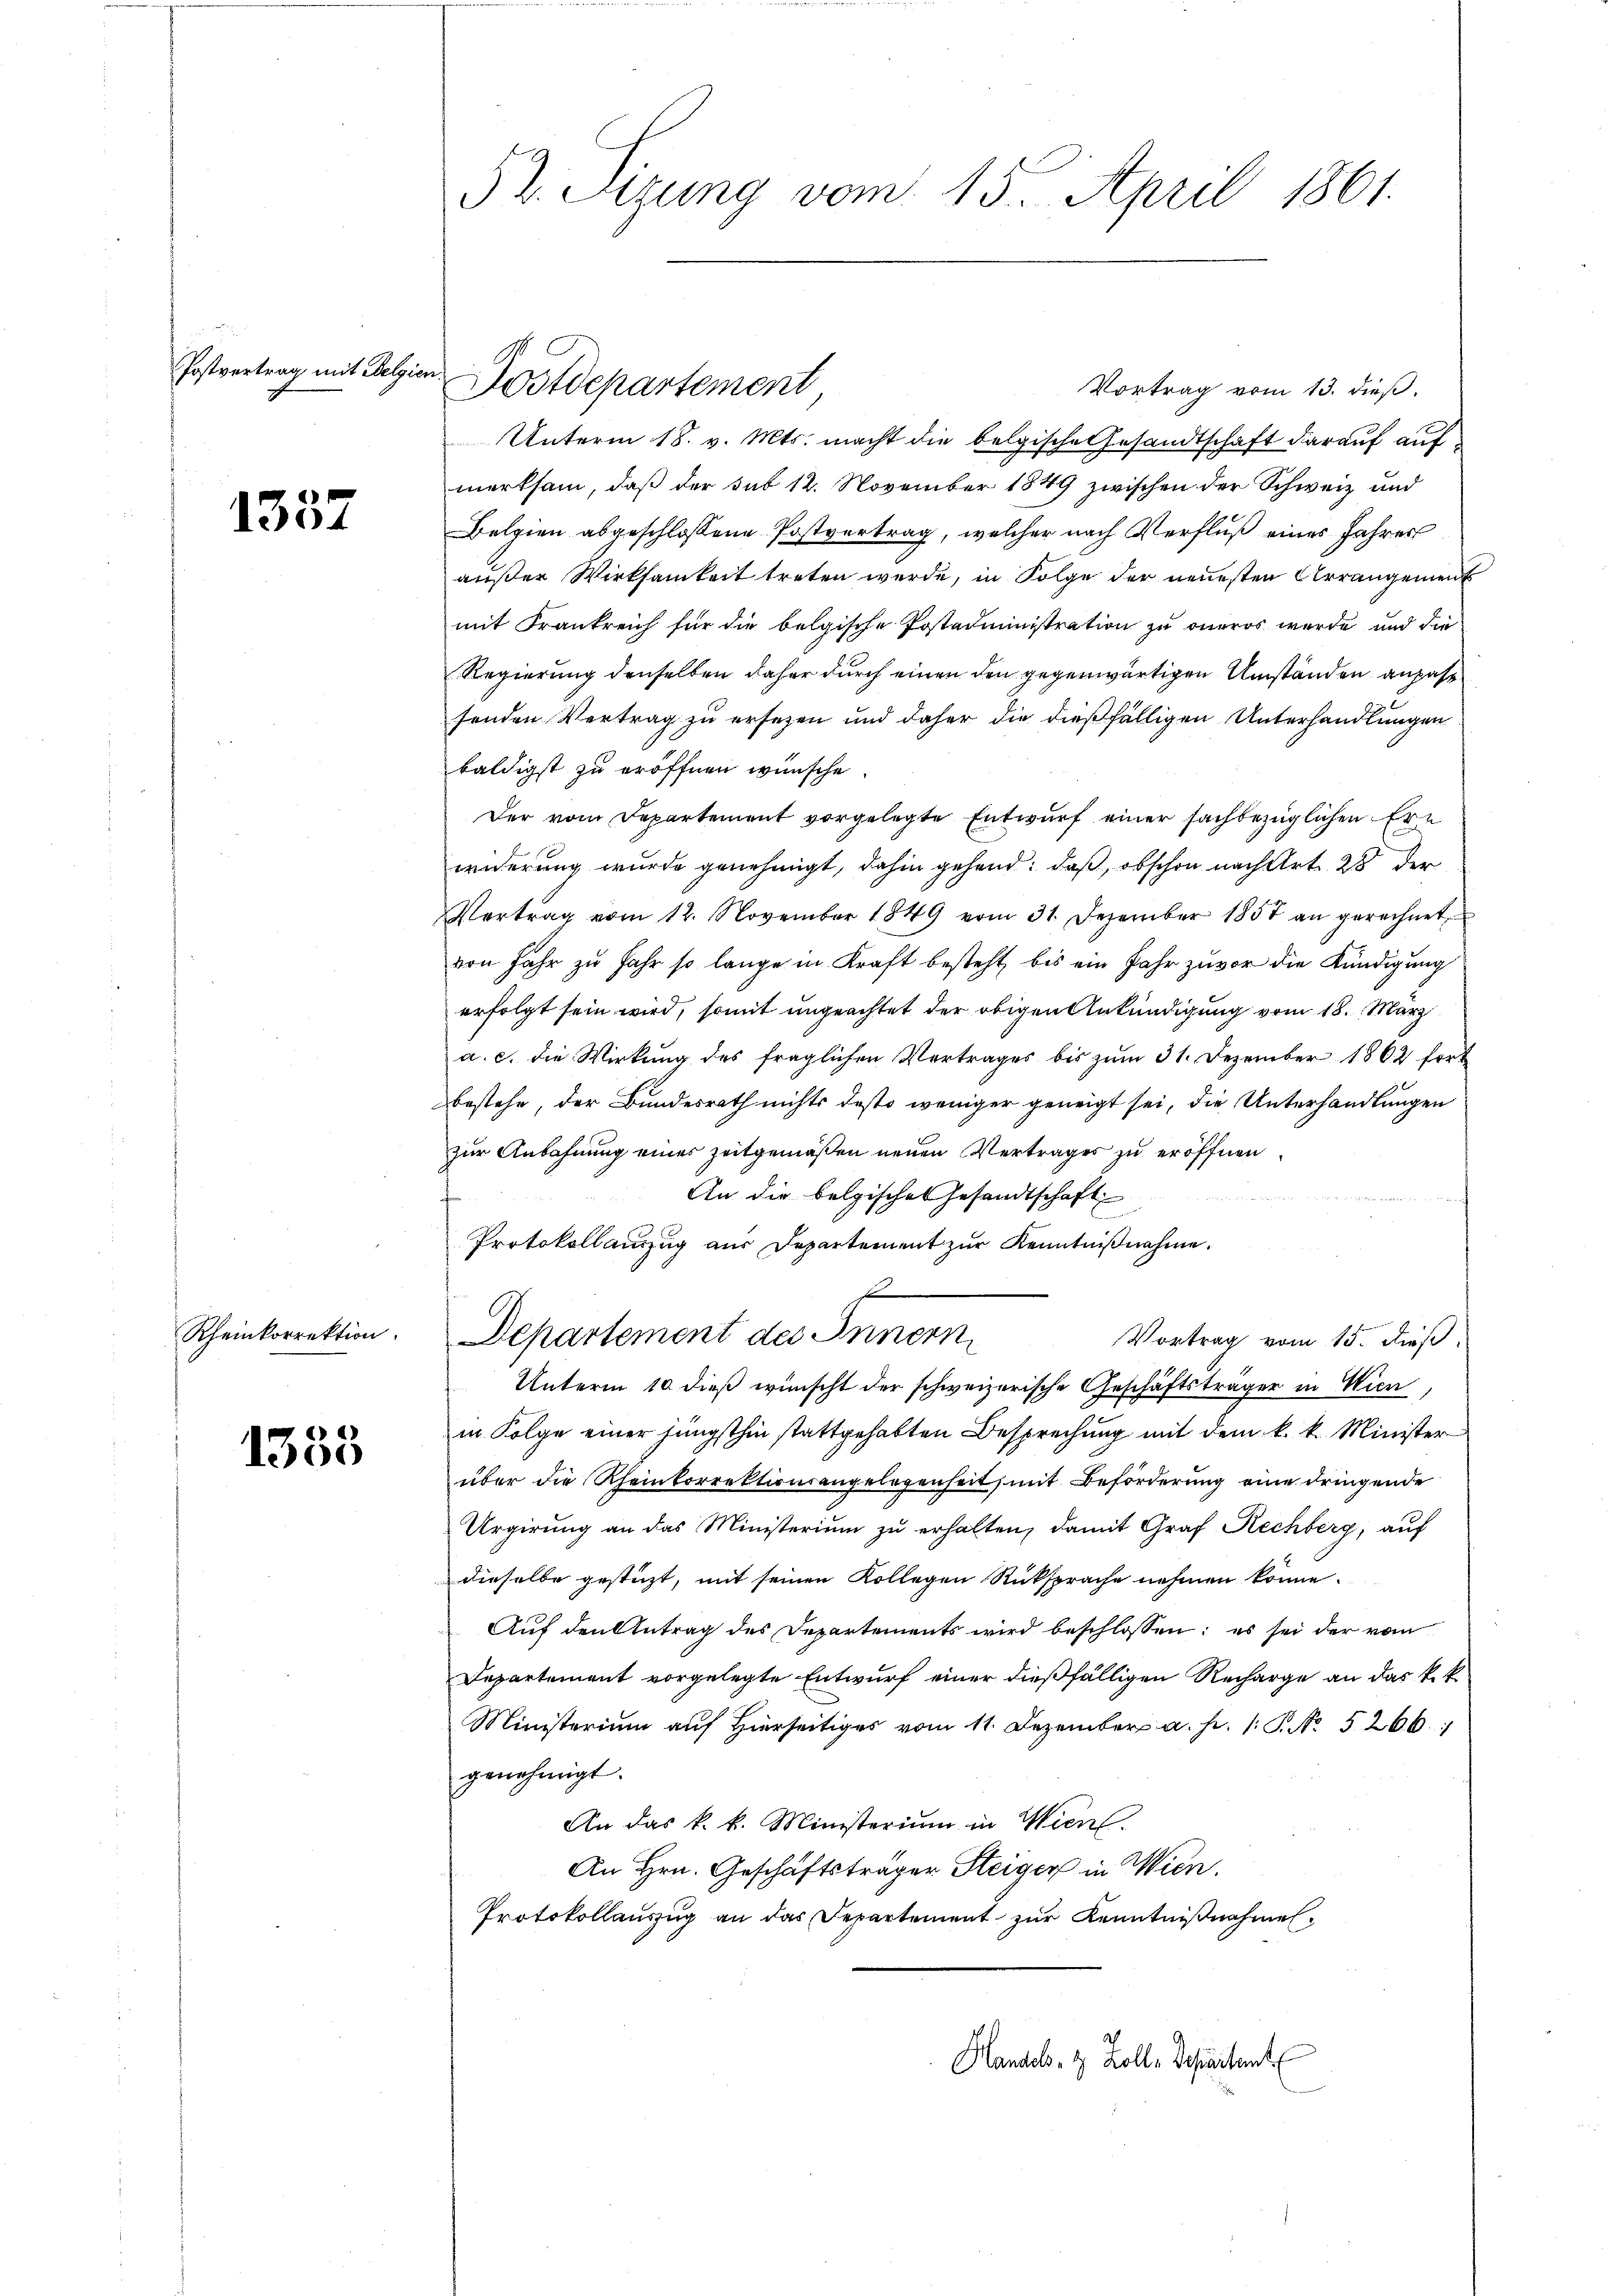
Postvertrag mit Belgien.

1357

Rheinkorrektion.

1338

52. Sizung vom 15. April 1861.

Vortrag vom 13. dieß.
Unterm 18. v. Mts. macht die belgische Gesandtschaft darauf auf
merksam, daß der sub 12. November 1849 zwischen der Schweiz und
Belgien abgeschlossene Postvertrag, welcher nach Verfluß eines Jahres
außer Wirksamkeit treten werde, in Folge der neuesten Arrangement
mit Frankreich für die belgische Postadministration zu oneros wurde und die
Regierung denselben daher durch einen den gegenwärtigen Umständen anpast
fenden Vertrag zu ersezen und daher die dießfälligen Unterhandlungen
baldigst zu eröffnen wünsche.
Der vom Departement vorgelegte Entwurf einer sachbezüglichen Ern
widerung wurde genehmigt, dahin gehend, daß, obschon nach Art. 28 der
Vertrag vom 12. November 1849 vom 31. Dezember 1857 an gerechnet,
von Jahr zu Jahr so lange in Kraft besteht, bis ein Jahr zuvor die Kündigung
erfolgt sein wird, somit ungeachtet der obigen Ankündigung vom 18. März
a. c. die Wirkŭng des fraglichen Vertrages bis zŭm 31. Dezember 1862 fort
bestehe, der Bundesrath nichts desto weniger geneigt sei, die Unterhandlungen
zur Anbahnung eines Zeitgemäßen neuen Vertrages zu eröffnen.
An die belgisches Gesandtschaft

f
Protokollauszug aus Departement zur Kenntnißnahme.
Departement des Innern
Vortrag vom 15. dieß.
Unterm 10 dieß wünscht der schweizerische Geschäftsträger in Wien,
in Folge einer jüngsthin stattgehabten Besprechung mit dem k. k. Minister
über die Rheinkorrektionsangelegenheit, mit Beförderung eine dringende
Urgirung an das Ministerium zu erhalten, damit Graf Rechberg, auf
dieselbe gestüzt, mit seinen Kollegen Rüksprache nehmen könne.
Auf den Antrag des Departements wird beschlossen: es sei der vom
Departement vorgelegte Entwurf einer dießfälligen Recharge an das k. k.
Ministerium auf hierseitiges vom 11. Dezember a. p. 1. P. No. 5266:
genehmigt.
An das k. k. Ministerium in Wien.
An Hrn. Geschäftsträger Steiger in Wien,
Protokollauszug an das Departement zur Kenntnißnahmen.
Handels- & Zoll-Departent

Postdepartement